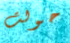
حولت